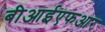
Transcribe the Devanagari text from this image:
बीआईएफआर